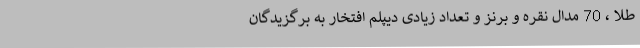
طلا ، 70 مدال نقره و برنز و تعداد زیادی دیپلم افتخار به برگزیدگان